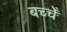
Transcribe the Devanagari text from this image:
बच्चेँ